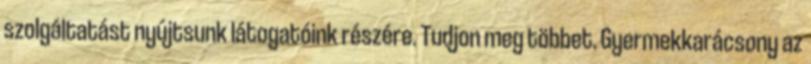
szolgáltatást nyújtsunk látogatóink részére. Tudjon meg többet. Gyermekkarácsony az